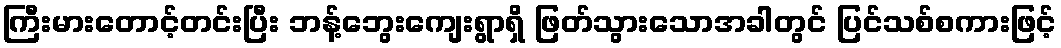
ကြီးမားတောင့်တင်းပြီး ဘန့်ဘွေးကျေးရွာရှိ ဖြတ်သွားသောအခါတွင် ပြင်သစ်စကားဖြင့်